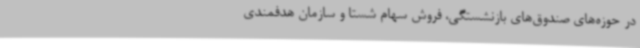
در حوزه‌های صندوق‌های بازنشستگی، فروش سهام شستا و سازمان هدفمندی